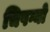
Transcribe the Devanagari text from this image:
चिपग्यो